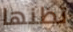
تظنها